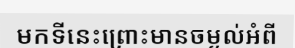
មកទីនេះព្រោះមានចម្ងល់អំពី